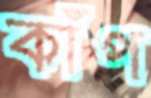
কাঁপ